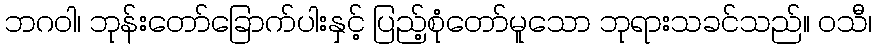
ဘဂဝါ၊ ဘုန်းတော်ခြောက်ပါးနှင့် ပြည့်စုံတော်မူသော ဘုရားသခင်သည်။ ဝသီ၊